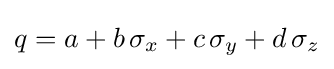
q=a+b\,\sigma _{x}+c\,\sigma _{y}+d\,\sigma _{z}